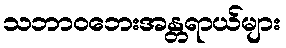
သဘာဝဘေးအန္တရာယ်များ